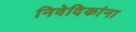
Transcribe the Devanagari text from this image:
निवेदिकांना